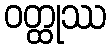
ဝတ္ထုဿ